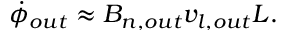
\dot { \phi } _ { o u t } \approx B _ { n , o u t } v _ { l , o u t } L .